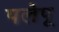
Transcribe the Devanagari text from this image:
पलेपू